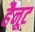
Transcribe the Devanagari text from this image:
हैनूट